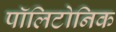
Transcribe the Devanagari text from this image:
पॉलिटोनिक